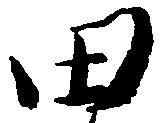
田